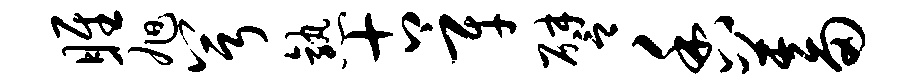
雎旭兮熟古辛譬香蓄